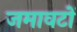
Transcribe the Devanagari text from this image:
जमावटों